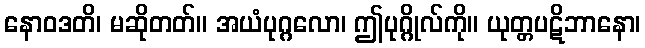
နောဝဒတိ၊ မဆိုတတ်။ အယံပုဂ္ဂလော၊ ဤပုဂ္ဂိုလ်ကို။ ယုတ္တပဋိဘာနော၊